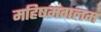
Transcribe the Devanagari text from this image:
महिषमंगलम